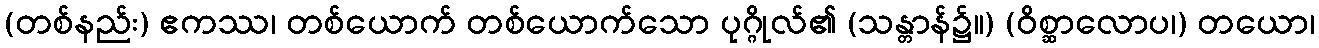
(တစ်နည်း) ဧကဿ၊ တစ်ယောက် တစ်ယောက်သော ပုဂ္ဂိုလ်၏ (သန္တာန်၌။) (ဝိစ္ဆာလောပ၊) တယော၊